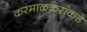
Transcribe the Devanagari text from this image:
करमाळकरांकडे